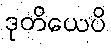
ဒုတိယေပိ